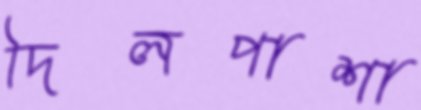
দিলপাশা